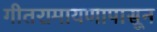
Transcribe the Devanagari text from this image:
गीतरामायणापासून